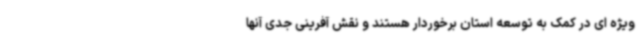
ویژه ای در کمک به توسعه استان برخوردار هستند و نقش آفرینی جدی آنها